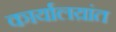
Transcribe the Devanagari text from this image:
कार्यालय़ांत